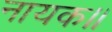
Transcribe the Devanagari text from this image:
नायक॥